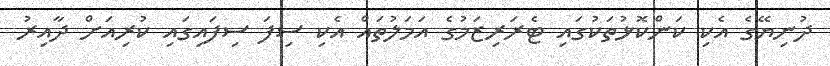
ދުނިޔޭގެ އެކި ކަންކޮޅުތަކުގައި ޓެރަރިޒަމުގެ އަމަލުތައް އެކި ސިފަ ސިފައިގައި ކުރިއަށް ދާއިރު